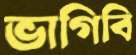
ভাগিবি